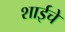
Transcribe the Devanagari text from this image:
शाईचे